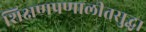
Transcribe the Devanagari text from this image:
शिक्षणप्रणालीतसुद्धा